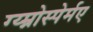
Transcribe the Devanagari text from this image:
ग्य्म्नोस्पेर्मए